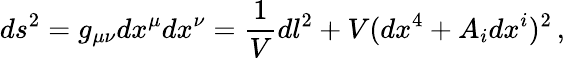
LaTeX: ds^{2}=g_{\mu\nu}dx^{\mu}dx^{\nu}=\frac{1}{V}dl^{2}+V(dx^{4}+A_{i}dx^{i})^{2}\, ,